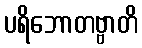
ပရိဘောတဗ္ဗာတိ